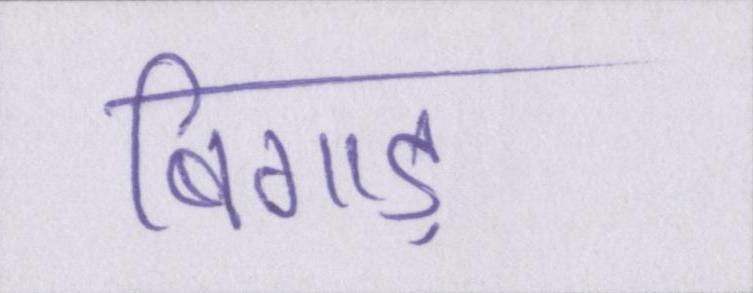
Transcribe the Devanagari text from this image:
बिगाड़